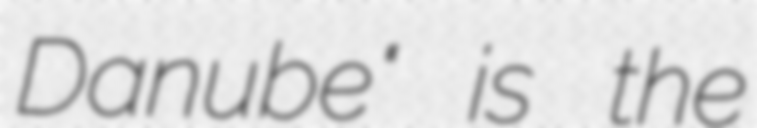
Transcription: Danube" is the